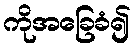
ကိုအခြေခံ၍